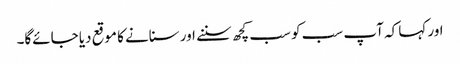
اور کہا کہ آپ سب کو سب کچھ سننے اور سنانے کا موقع دیا جائےگا۔